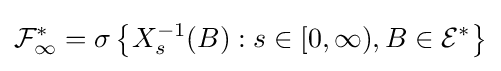
{\mathcal {F}}_{\infty }^{*}=\sigma \left\{X_{s}^{-1}(B):s\in [0,\infty ),B\in {\mathcal {E}}^{*}\right\}